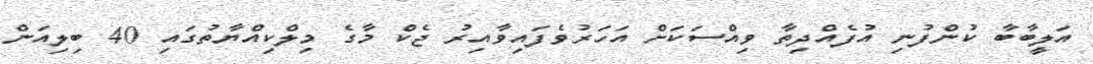
އަލީބާބާ ކުންފުނި އުފެއްދިތާ ވިއްސަކަށް އަހަރުވެފައިވާއިރު ޖެކް މާގެ މިލްކިއްޔާތުގައި 40 ބިލިއަން